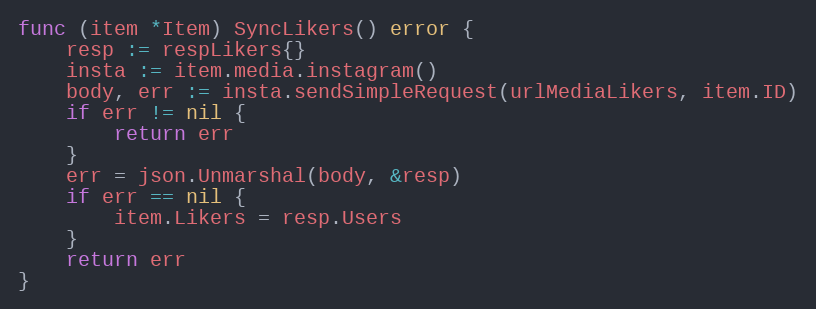
Language: Go
func (item *Item) SyncLikers() error {
	resp := respLikers{}
	insta := item.media.instagram()
	body, err := insta.sendSimpleRequest(urlMediaLikers, item.ID)
	if err != nil {
		return err
	}
	err = json.Unmarshal(body, &resp)
	if err == nil {
		item.Likers = resp.Users
	}
	return err
}